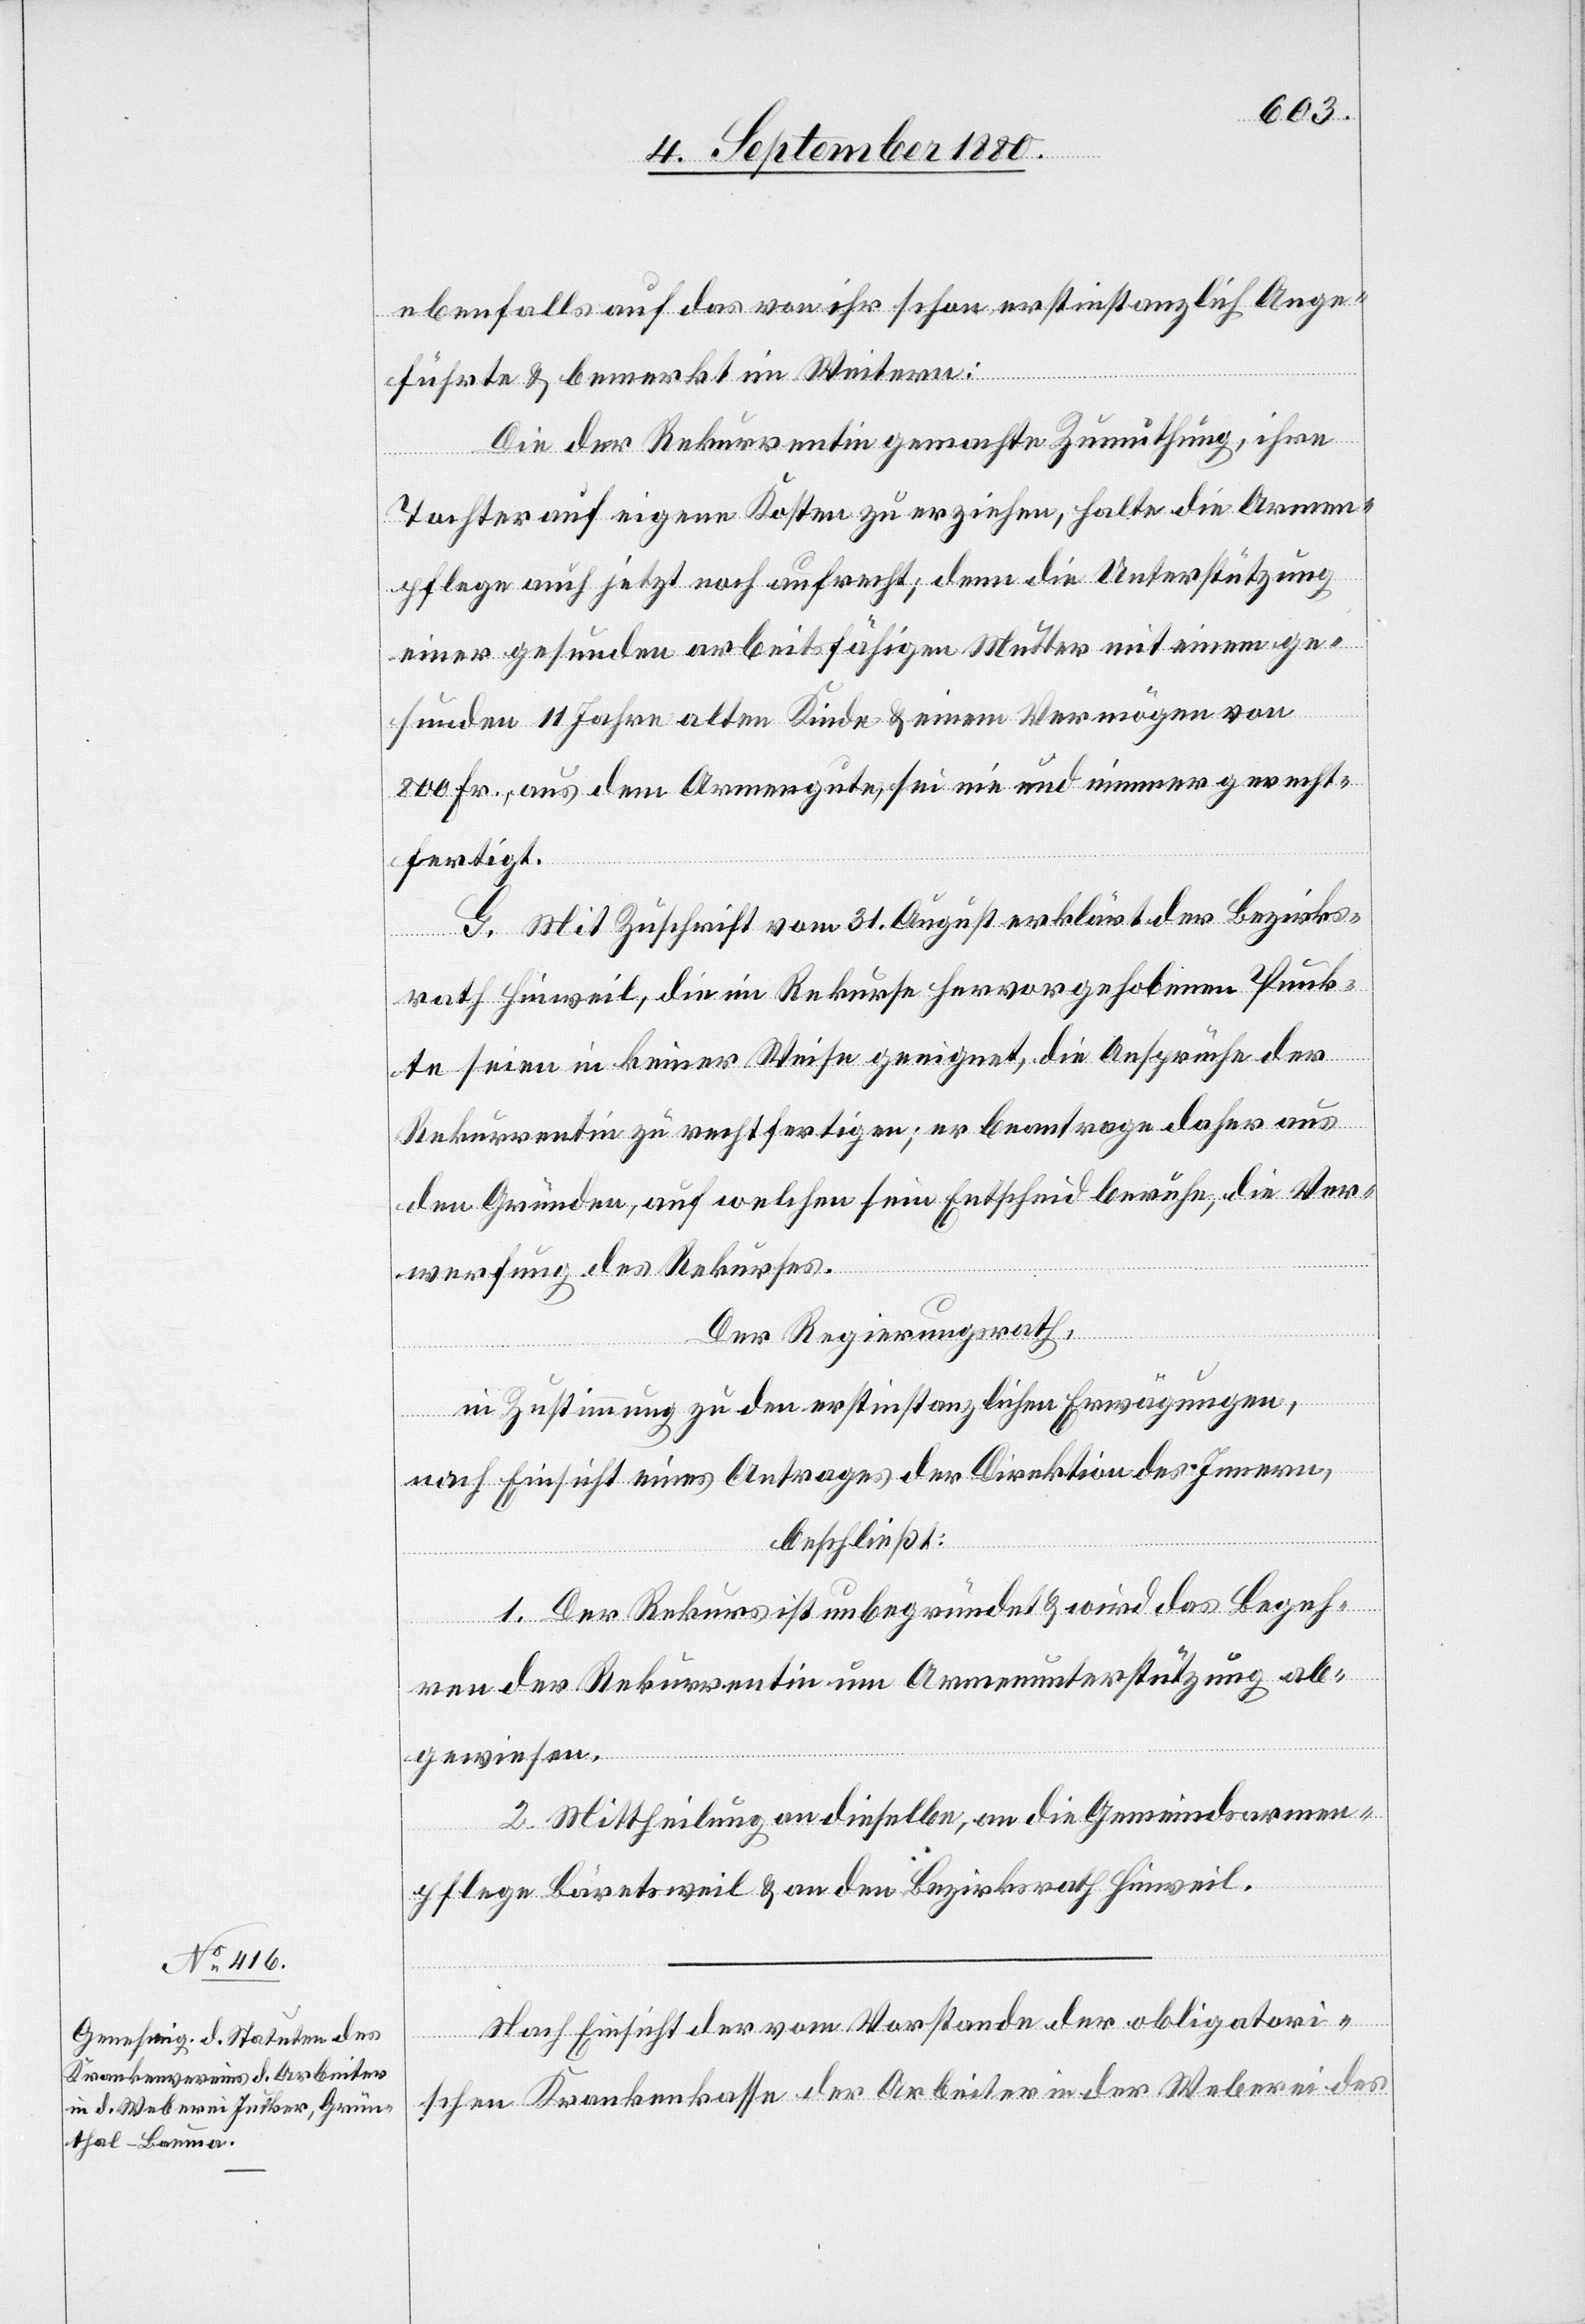
ebenfalls auf das von ihr schon erstinstanzlich Ange¬
führte & bemerkt im Weitern:
Die der Rekurrentin gemachte Zumuthung, ihre
Tochter auf eigene Kosten zu erziehen, halte die Armen¬
pflege auch jetzt noch aufrecht; denn die Unterstützung
einer gesunden arbeitsfähigen Mutter mit einem ge¬
sunden 11 Jahre alten Kinde & einem Vermögen von
800 Fr., aus dem Armengute, sei nie und nimmer gerecht¬
fertigt.
G. Mit Zuschrift vom 31. August erklärt der Bezirks¬
rath Hinweil, die im Rekurse hervorgehobenen Punk¬
te seien in keiner Weise geeignet, die Ansprüche der
Rekurrentin zu rechtfertigen; er beantrage daher aus
den Gründen, auf welchen sein Entscheid beruhe, die Ver¬
werfung des Rekurses.
Der Regierungsrath,
in Zustimmung zu den erstinstanzlichen Erwägungen,
nach Einsicht eines Antrages der Direktion des Innern
beschließt:
1. Der Rekurs ist unbegründet & wird das Begeh¬
ren der Rekurrentin um Armenunterstützung ab¬
gewiesen.
2. Mittheilung an dieselben, an die Gemeindsarmen¬
pflege Bäretsweil & an den Bezirksrath Hinweil.
Nach Einsicht der vom Vorstande der obligatori¬
schen Krankenkasse der Arbeiter in der Weberei des